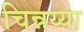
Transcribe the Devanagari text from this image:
चिन्नय्या